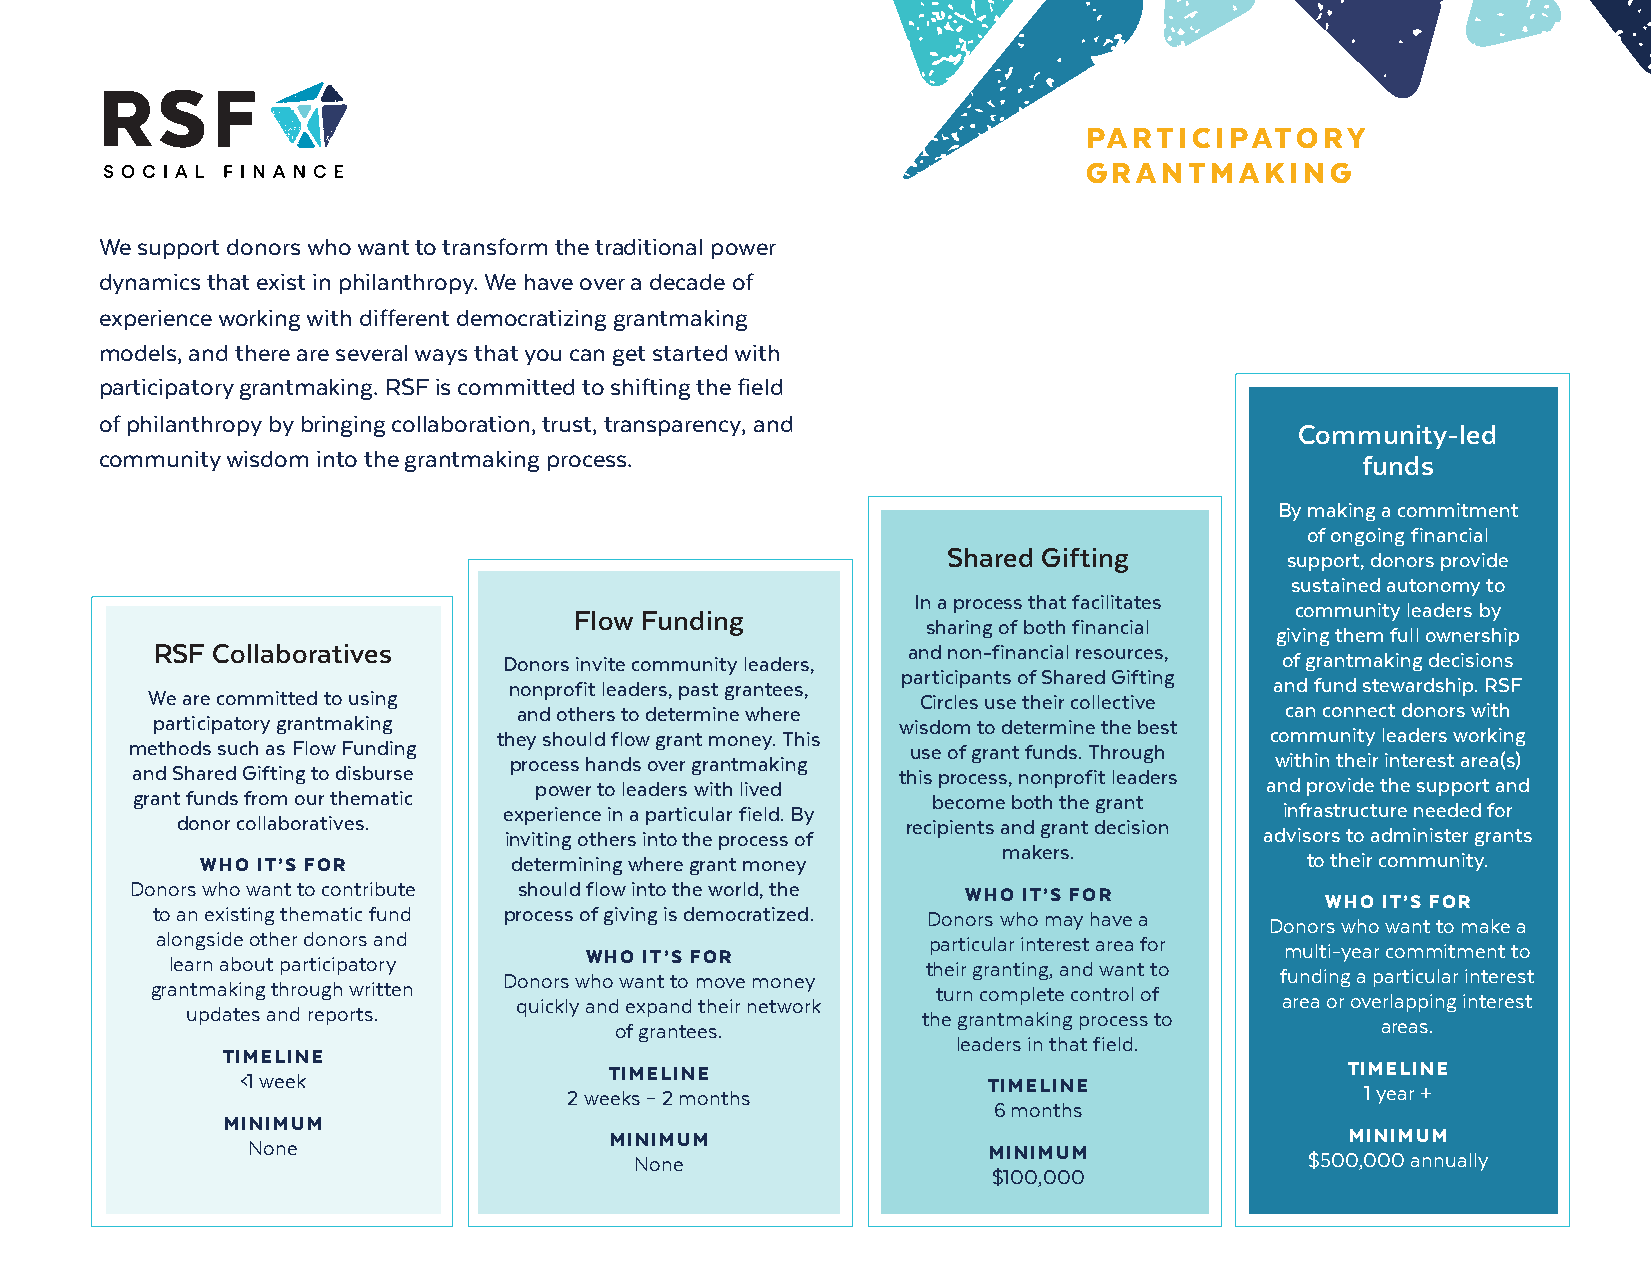
PARTICIPATORY
 GRANTMAKING
 We support donors who want to transform the traditional power
 dynamics that exist in philanthropy. We have over a decade of
 experience working with different democratizing grantmaking
 models, and there are several ways that you can get started with
 participatory grantmaking. RSF is committed to shifting the field
 of philanthropy by bringing collaboration, trust, transparency, and
 Community-led
 community wisdom into the grantmaking process.                                     funds
 By making a commitment
 of ongoing financial
 Shared Gifting        support, donors provide
 sustained autonomy to
 In a process that facilitates
 community leaders by
 Flow Funding
 sharing of both financial
 giving them full ownership
 RSF Collaboratives                                and non-financial resources,
 Donors invite community leaders,                    of grantmaking decisions
 participants of Shared Gifting
 nonprofit leaders, past grantees,                 and fund stewardship. RSF
 We are committed to using                          Circles use their collective
 and others to determine where                      can connect donors with
 participatory grantmaking                        wisdom to determine the best
 they should flow grant money. This                 community leaders working
 methods such as Flow Funding                       use of grant funds. Through
 process hands over grantmaking                    within their interest area(s)
 and Shared Gifting to disburse                    this process, nonprofit leaders
 power to leaders with lived                      and provide the support and
 grant funds from our thematic                        become both the grant
 experience in a particular field. By                infrastructure needed for
 donor collaboratives.                           recipients and grant decision
 inviting others into the process of                advisors to administer grants
 makers.
 WHO IT’S FOR         determining where grant money                       to their community.
 Donors who want to contribute should flow into the world, the WHO IT’S FOR
 WHO IT’S FOR
 to an existing thematic fund process of giving is democratized. Donors who may have a
 Donors who want to make a
 alongside other donors and                         particular interest area for
 multi-year commitment to
 WHO IT’S FOR
 learn about participatory                         their granting, and want to
 Donors who want to move money                       funding a particular interest
 grantmaking through written                         turn complete control of
 quickly and expand their network                   area or overlapping interest
 updates and reports.                             the grantmaking process to
 of grantees.                                      areas.
 leaders in that field.
 TIMELINE
 TIMELINE                                         TIMELINE
 <1 week               2 weeks – 2 months         TIMELINE                 1 year +
 6 months
 MINIMUM
 MINIMUM                                          MINIMUM
 None                      None                   MINIMUM               $500,000 annually
 $100,000